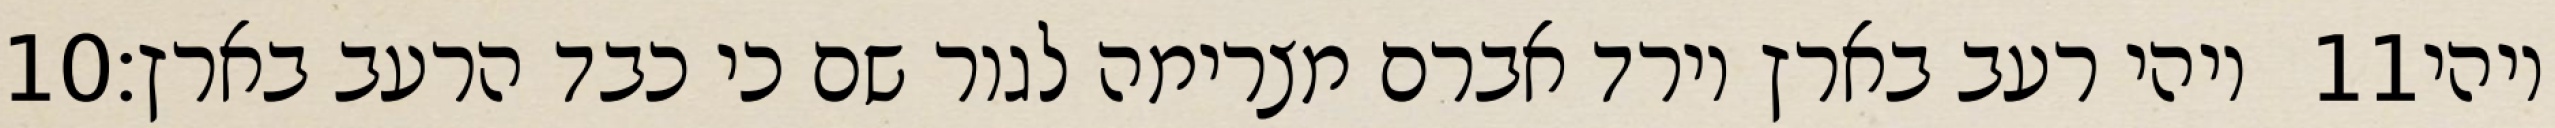
‎10‏ ויהי רעב בארץ וירד אברם מצרימה לגור שם כי כבד הרעב בארץ׃ ‎11‏ ויהי